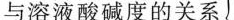
与溶液酸碱度的关系